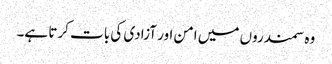
وہ سمندروں میں امن اور آزادی کی بات کرتا ہے۔